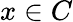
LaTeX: x\in C